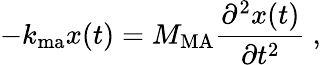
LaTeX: -k_{\mathrm{ma}}x(t)=M_{\mathrm{MA}}\frac{\partial^{2}{x(t)}}{\partial{t^{2}}}~,